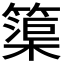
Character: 𮆒